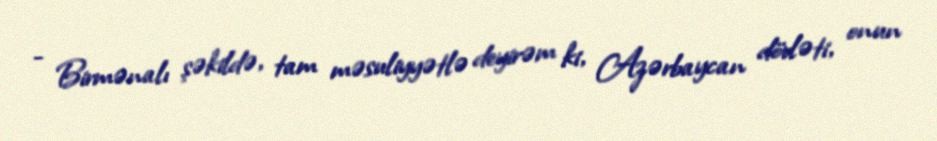
- Birmənalı şəkildə, tam məsuliyyətlə deyirəm ki, Azərbaycan dövləti, onun